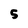
Character: 5